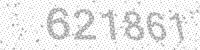
Solution: 621861